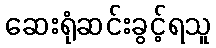
ဆေးရုံဆင်းခွင့်ရသူ